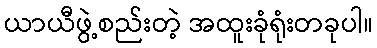
ယာယီဖွဲ့စည်းတဲ့ အထူးခုံရုံးတခုပါ။